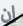
إن